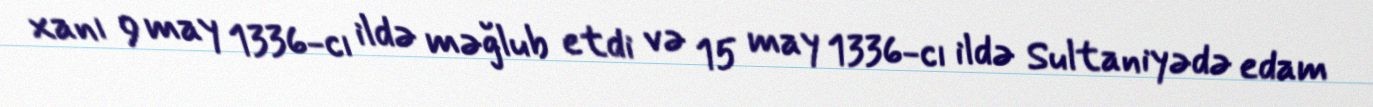
xanı 9 may 1336-cı ildə məğlub etdi və 15 may 1336-cı ildə Sultaniyədə edam